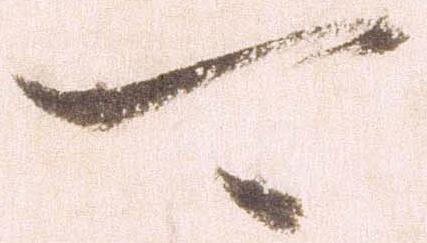
可